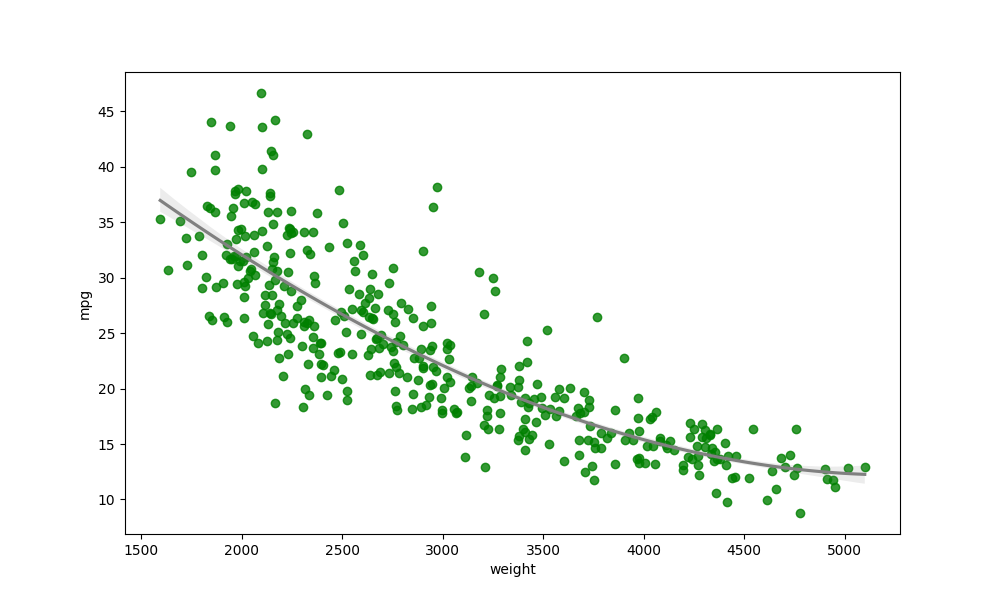
python, seaborn, regplot, order=3, ci=68, scatter_color=green, line_color=gray